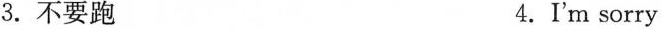
3. 不要跑 4. I'm sorry